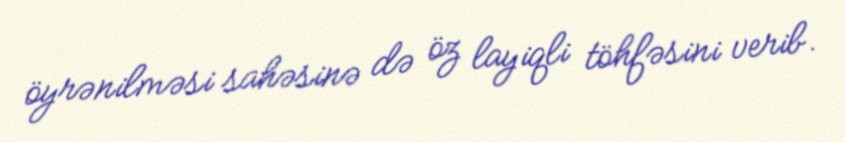
öyrənilməsi sahəsinə də öz layiqli töhfəsini verib.